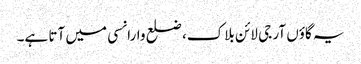
یہ گاؤں آر جی لائن بلاک، ضلع وارانسی میں آتا ہے۔